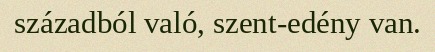
századból való, szent-edény van.